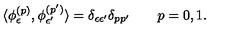
\langle \phi _ { \epsilon } ^ { ( p ) } , \phi _ { \epsilon ^ { \prime } } ^ { ( p ^ { \prime } ) } \rangle = \delta _ { \epsilon \epsilon ^ { \prime } } \delta _ { p p ^ { \prime } } \qquad p = 0 , 1 .